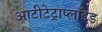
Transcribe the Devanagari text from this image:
आटीटेट्राप्लॉइड